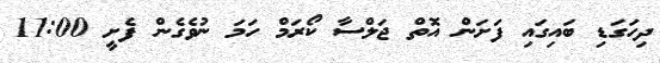
ދިހަގަޑި ބައިގައި ފަށަން އޮތް ޖަލްސާ ކޯރަމް ހަމަ ނުވެގެން ފެށީ 11:00